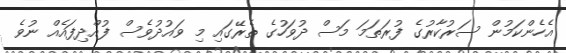
އެހެންކަމުން ސަރުކާރުގެ ފުރަތަމަ މަސް ދުވަހުގެ ތެރޭގައި މި ވައުދުވެސް ފުއްދިފައެއް ނުވެ